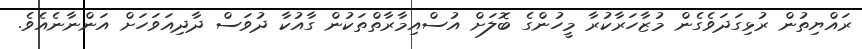
ރައްޔިތުން ރުޅިގަދަވެގެން މުޒާހަރާކުރާ މީހުންގެ ބޮލަށް އުސްއިމާރާތްތަކުން ގާއުކާ ދުވަސް ދާދިއަވަހަށް އަންނާނެއެވެ.